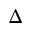
\Delta